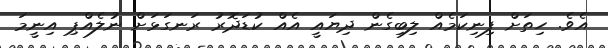
އެވެ. ހިތަށް ފިނިކަމެއް ލިބިގެން ދިޔައީ އެއް ކުޑަދޮރު ރަނގަޅަށް ނުލެއްޕި އިނީމަ